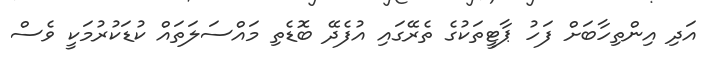
އަދި އިންތިހާބަށް ފަހު ޕާޓީތަކުގެ ތެރޭގައި އުފެދޭ ބޮޑެތި މައްސަލަތައް ކުޑަކުރުމަކީ ވެސް